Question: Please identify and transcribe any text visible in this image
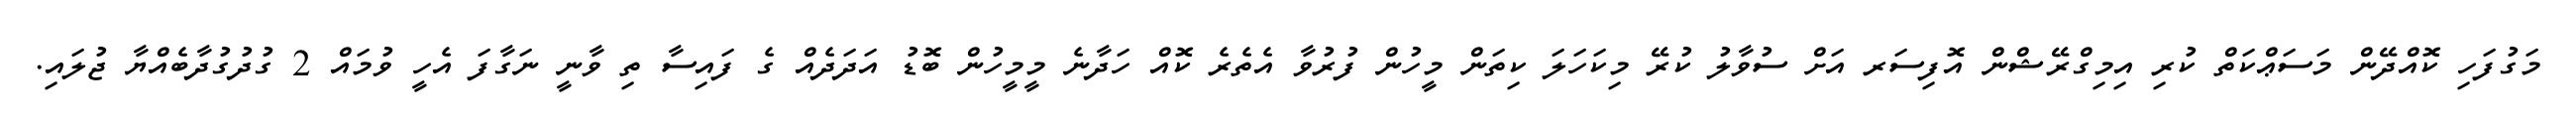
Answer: މަގުފަހި ކޮއްދޭން މަސަޢްކަތް ކުރި އިމިގްރޭޝްން އޮފިސަރ އަށް ސުވާލު ކުރޭ މިކަހަލަ ކިތަން މީހުން ފުރުވާ އެތެރެ ކޮއް ހަދާނެ މީމީހުން ބޮޑު އަދަދެއް ގެ ފައިސާ ތި ވާނީ ނަގާފަ އެހީ ވުމައް 2 ގުދުގުދާބެއްޔާ ޖުލައި.